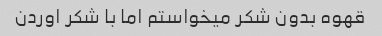
قهوه بدون شکر میخواستم اما با شکر اوردن